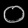
Digit: ၀